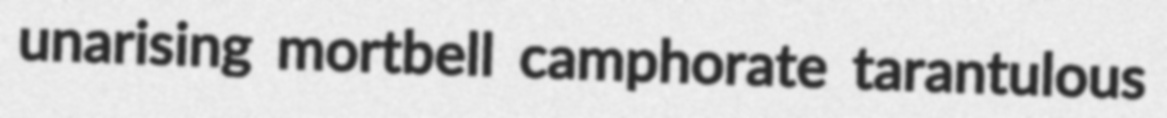
unarising mortbell camphorate tarantulous